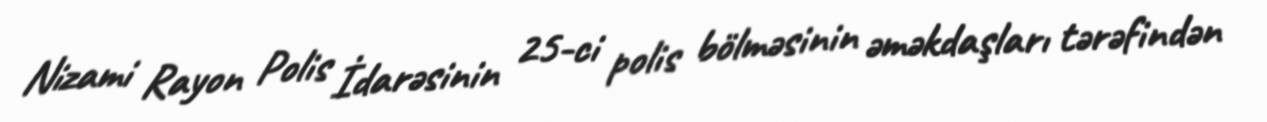
Nizami Rayon Polis İdarəsinin 25-ci polis bölməsinin əməkdaşları tərəfindən